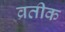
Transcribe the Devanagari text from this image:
व्रतीक